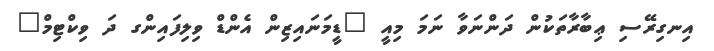
އިނގިރޭސި ޢިބާރާތަކުން ދަންނަވާ ނަމަ މިއީ "ޑީމަނައިޒިން އެންޑް ވިލިފައިންގ ދަ ވިކްޓިމް"